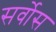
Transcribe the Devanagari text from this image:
सर्वोस